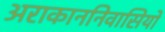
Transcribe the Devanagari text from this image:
अराकाननिवासियों